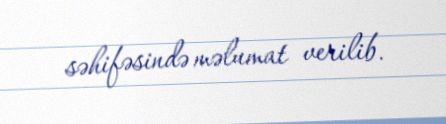
səhifəsində məlumat verilib.